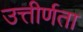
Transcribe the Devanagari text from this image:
उत्तीर्णता